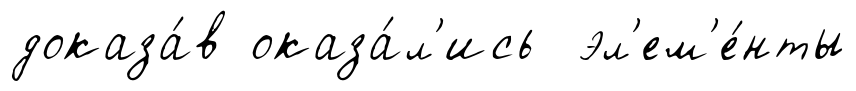
доказа́в оказа́л'ись эл'ем'е́нты